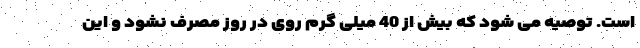
است. توصیه می شود که بیش از 40 میلی گرم روی در روز مصرف نشود و این